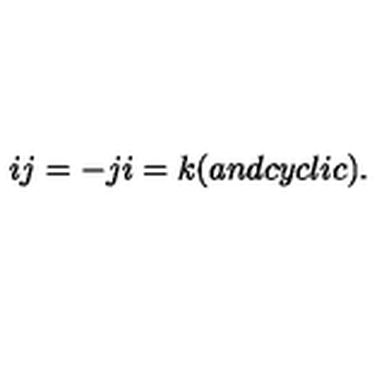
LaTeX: i j = - j i = k ( a n d c y c l i c ) .